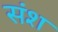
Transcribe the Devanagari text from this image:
संश